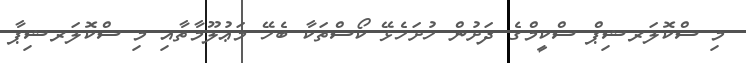
މި ސްކޮލަރޝިޕް ސްކީމްގެ ދަށުން ހުށަހެޅޭ ކޯސްތަކާ ބެހޭ މަޢުލޫމާތާއި މި ސްކޮލަރޝިޕާ